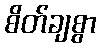
စိတ်ချစွာ